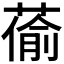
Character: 𦸄